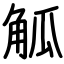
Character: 觚